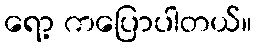
ရော့ ကပြောပါတယ်။